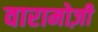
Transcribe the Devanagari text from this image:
वारामोज़ी